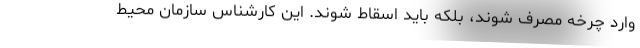
وارد چرخه مصرف شوند، بلکه باید اسقاط شوند. این کارشناس سازمان محیط